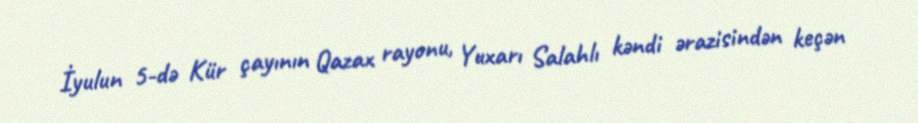
İyulun 5-də Kür çayının Qazax rayonu, Yuxarı Salahlı kəndi ərazisindən keçən